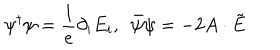
LaTeX: \psi ^ { \dagger } \psi = \frac { 1 } { e } \partial _ { i } E _ { i } , \ \ \bar { \psi } \psi = - 2 A \cdot \tilde { E }